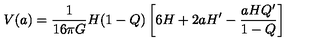
V ( a ) = \frac { 1 } { 1 6 \pi G } H ( 1 - Q ) \left[ 6 H + 2 a H ^ { \prime } - \frac { a H Q ^ { \prime } } { 1 - Q } \right]